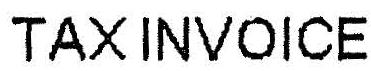
TAX INVOICE